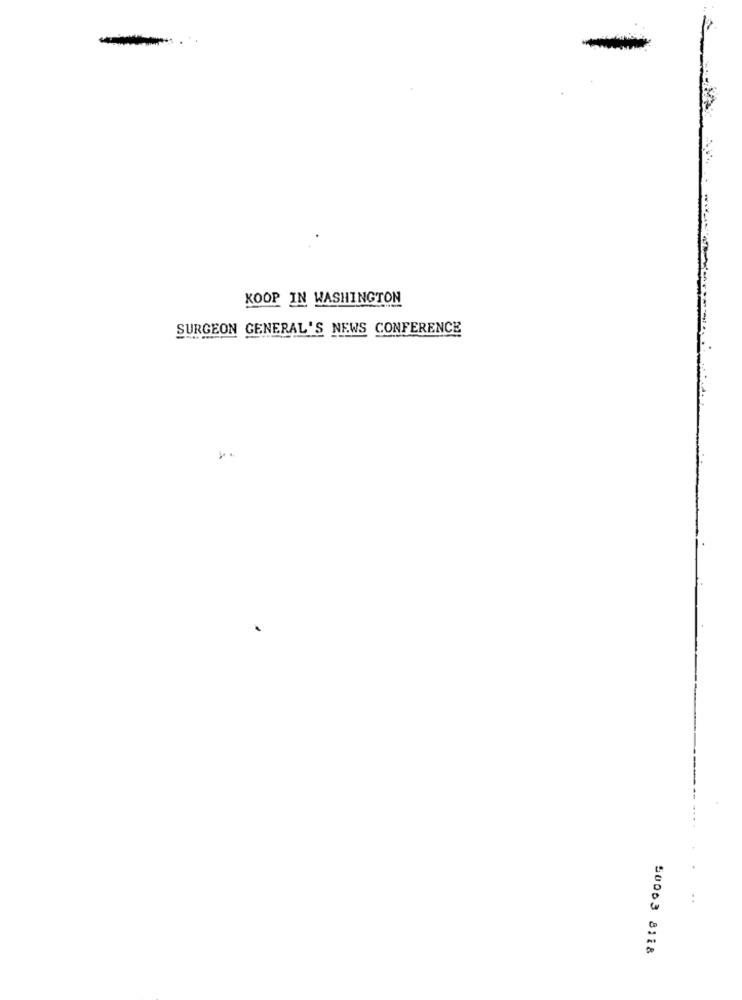
KOOP IN WASHINGTON
SURGEON GENERAL'S NEWS CONFERENCE
..
50003 8118